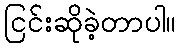
ငြင်းဆိုခဲ့တာပါ။